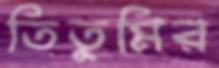
তিতুমির